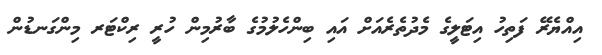
އިއްޔެރޭ ފަތިހު އިޓަލީގެ މެދުތެރެއަށް އައި ބިންހެލުމުގެ ބާރުމިން ހުރީ ރިކްޓަރ މިންގަނޑުން